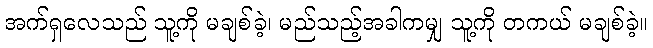
အက်ရှလေသည် သူ့ကို မချစ်ခဲ့၊ မည်သည့်အခါကမျှ သူ့ကို တကယ် မချစ်ခဲ့။